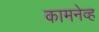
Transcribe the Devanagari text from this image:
कामनेव्ह